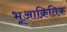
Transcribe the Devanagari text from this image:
भूआक्रितिक